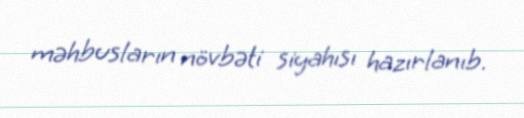
məhbusların növbəti siyahısı hazırlanıb.